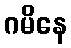
ဂမိနေ